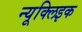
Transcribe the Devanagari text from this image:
न्यूक्‍लिइक